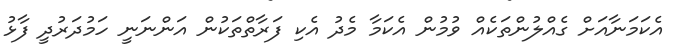
އެކަމަނާއަށް ގެއްލުންތަކެއް ވުމުން އެކަމާ މެދު އެކި ފަރާތްތަކުން އަންނަނީ ހަމުދަރުދީ ފާޅު